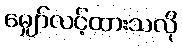
မျှော်လင့်ထားသလို